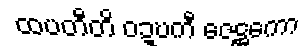
ထပတီတိ ဝဍ္ဎကီ ဇေဋ္ဌကော